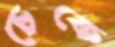
চেকে